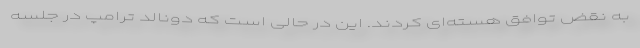
به نقض توافق هسته‌ای کردند. این در حالی است که دونالد ترامپ در جلسه